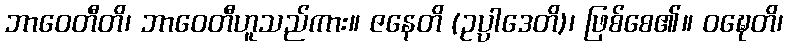
ဘာဝေတီတိ၊ ဘာဝေတီဟူသည်ကား။ ဇနေတိ (ဥပ္ပာဒေတိ)၊ ဖြစ်စေ၏။ ဝဍ္ဎေတိ၊